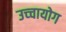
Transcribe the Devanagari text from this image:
उच्‍चायोग